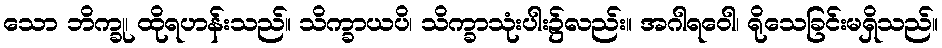
သော ဘိက္ခု၊ ထိုရဟန်းသည်။ သိက္ခာယပိ၊ သိက္ခာသုံးပါး၌လည်း။ အဂါရဝေါ၊ ရိုသေခြင်းမရှိသည်။